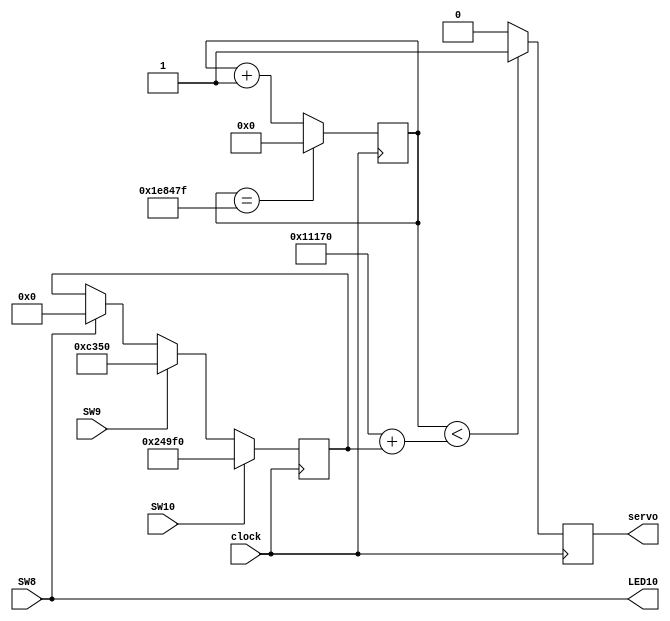
`timescale 1ns / 1ps

module servo_controller(
    input clock, SW8, SW9, SW10,
    output servo, LED10
);
    reg [21:0] counter;
    reg servo_reg;
    reg [17:0] control = 0;
    reg toggle = 1;
    
    
    always @(posedge clock) begin
        counter <= counter  + 1;
        if (counter == 'd1999999) // maybe change to 10ms instead of 20ms period width? ie 1999999 --> 999999
            counter <= 0;
        if(counter < ('d70000 + control)) // 70000 correlates to 0 degrees for the HS-422 servo
            servo_reg <= 1;
        else
            servo_reg <= 0;

        if (SW8)
        control <= 'd0;
        if (SW9)
        control <= 'd50000; // 45 degrees
        if (SW10)
        control <= 'd150000; // 135 degrees
        
    end

 assign servo = servo_reg;
 assign LED10 = SW8;
    
endmodule